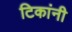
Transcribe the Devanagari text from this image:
टिकांनी